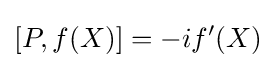
[P,f(X)]=-if'(X)